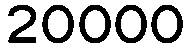
20000